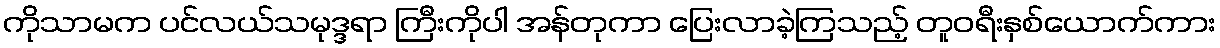
ကိုသာမက ပင်လယ်သမုဒ္ဒရာ ကြီးကိုပါ အန်တုကာ ပြေးလာခဲ့ကြသည့် တူဝရီးနှစ်ယောက်ကား